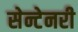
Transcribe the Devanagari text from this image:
सेन्टेनरी